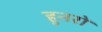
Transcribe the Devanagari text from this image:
हुनरों